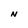
Character: N